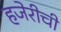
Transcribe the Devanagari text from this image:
हजेरीची